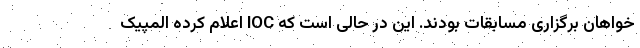
خواهان برگزاری مسابقات بودند. این در حالی است که IOC اعلام کرده المپیک